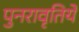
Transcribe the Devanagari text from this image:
पुनरावृतिये